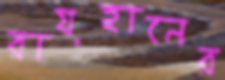
রায়হানের